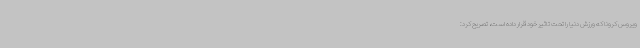
ویروس کرونا که ورزش دنیا را تحت تاثیر خود قرار داده است، تصریح کرد: